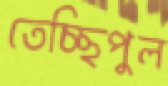
তেচ্ছিপুল